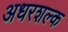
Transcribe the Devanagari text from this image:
अधरशल्क